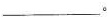
___。